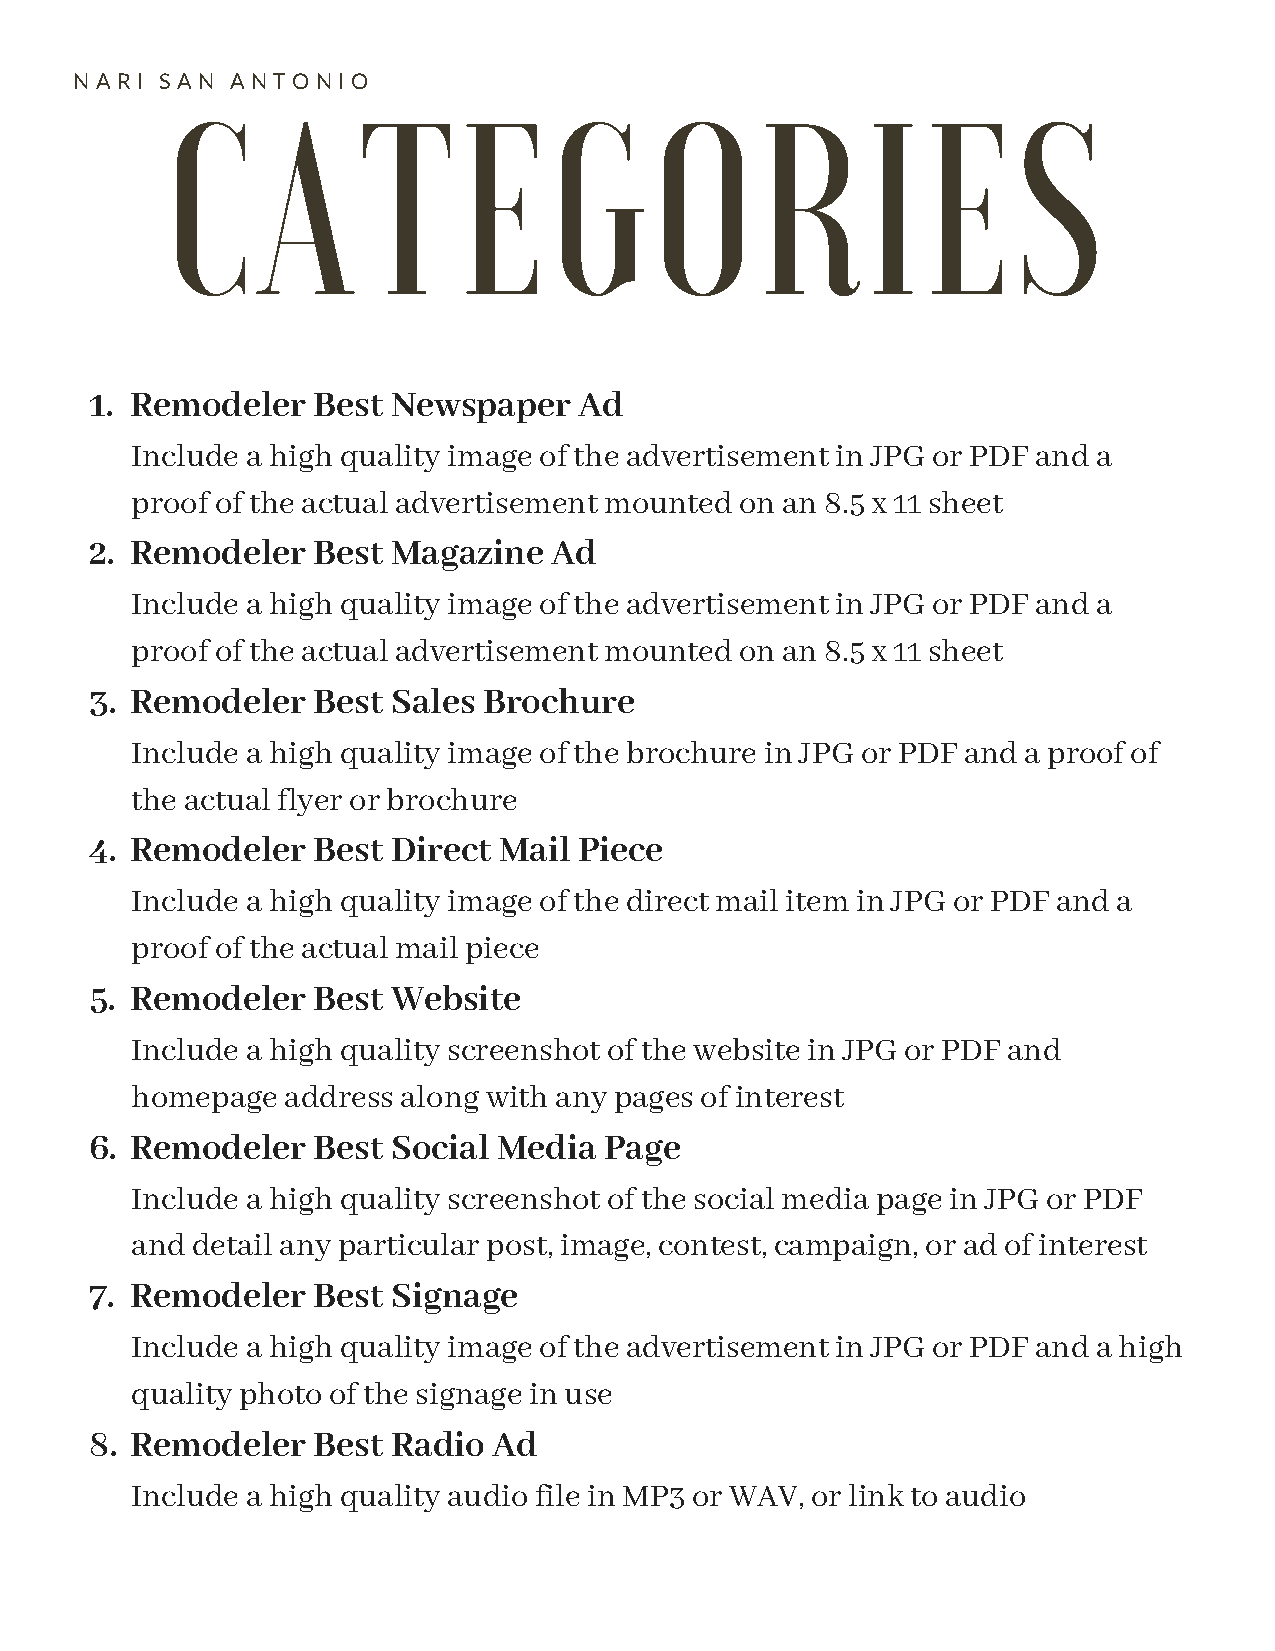
CATEGORIES
 NARI  SAN ANTONIO
 1. Remodeler   Best Newspaper   Ad
 Include a high quality image of the advertisement in JPG or PDF and a
 proof of the actual advertisement mounted on an 8.5 x 11 sheet
 2. Remodeler   Best Magazine  Ad
 Include a high quality image of the advertisement in JPG or PDF and a
 proof of the actual advertisement mounted on an 8.5 x 11 sheet
 3. Remodeler   Best Sales Brochure
 Include a high quality image of the brochure in JPG or PDF and a proof of
 the actual flyer or brochure
 4. Remodeler   Best Direct Mail Piece
 Include a high quality image of the direct mail item in JPG or PDF and a
 proof of the actual mail piece
 5. Remodeler   Best Website
 Include a high quality screenshot of the website in JPG or PDF and
 homepage  address along with any pages of interest
 6. Remodeler   Best Social Media  Page
 Include a high quality screenshot of the social media page in JPG or PDF
 and detail any particular post, image, contest, campaign, or ad of interest
 7. Remodeler   Best Signage
 Include a high quality image of the advertisement in JPG or PDF and a high
 quality photo of the signage in use
 8. Remodeler   Best Radio  Ad
 Include a high quality audio file in MP3 or WAV, or link to audio